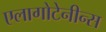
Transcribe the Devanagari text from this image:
एलागोटेनीन्स